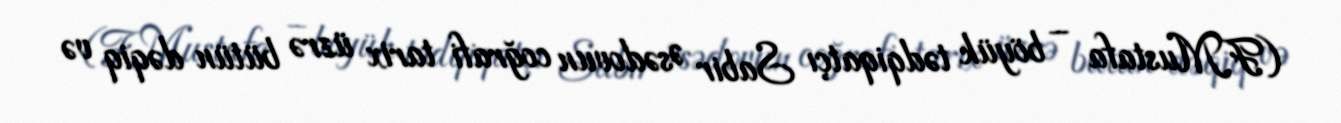
(F.Mustafa – böyük tədqiqatçı Sabir Əsədovun coğrafi tarix üzrə bütün dəqiq və